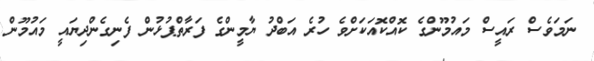
ނަމަވެސް ރައީސް މައުމޫންގެ ކޮއްކޮއަކަށްވެ ހުރެ އަބްދު ޔާމީންގެ ފަރާތްޕުޅުން ފެނިގެންދިޔައީ މައުމޫން